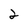
Character: 2